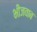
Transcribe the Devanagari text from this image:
भीजवाब